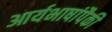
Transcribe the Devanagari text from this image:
आर्यभाषांपैकी